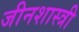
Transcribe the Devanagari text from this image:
जीनशास्त्री